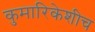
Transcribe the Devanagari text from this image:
कुमारिकेशीच